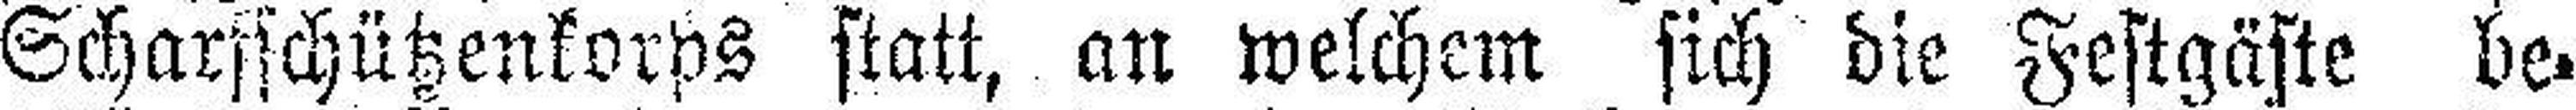
Scharfschützenkorps statt, an welchem sich die Festgäste be¬